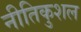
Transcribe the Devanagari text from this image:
नीतिकुशल